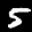
Label: 5